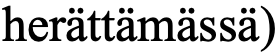
herättämässä)